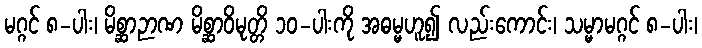
မဂ္ဂင် ၈-ပါး၊ မိစ္ဆာဉာဏ မိစ္ဆာဝိမုတ္တိ ၁၀-ပါးကို အဓမ္မဟူ၍ လည်းကောင်း၊ သမ္မာမဂ္ဂင် ၈-ပါး၊